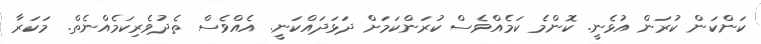
ކަންކަން ކުރަން އުޅެނީ. ކޮންމެ ކަމެއްވެސް ކުރަންކަމަށް ދަޅަދައްކަނީ. އެއްވެސް ތެދުވެރިކަމެއްނެތް. މަކަރާ